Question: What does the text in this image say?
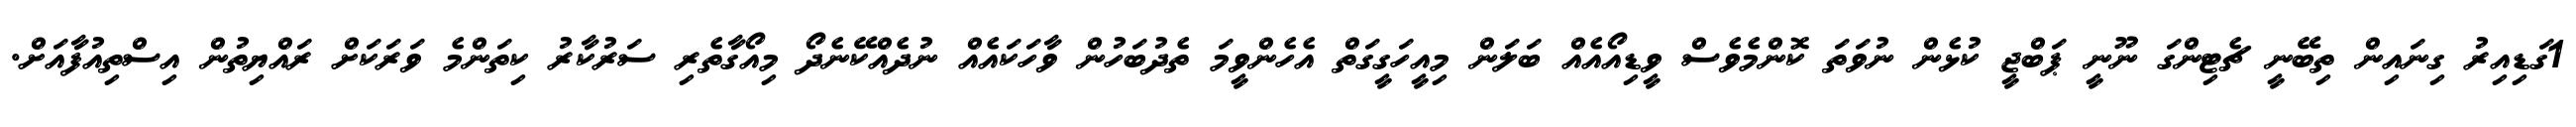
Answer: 1ގަޑިއިރު ގިނައިން ތިބޭނީ ޗެޓިންގަ ނޫނީ ޕަބްޖީ ކުޅެން ނުވަތަ ކޮންމެވެސް ވީޑިއޯއެއް ބަލަން މިއީހަގީގަތް އެހެންވީމަ ތެދުބަހުން ވާހަކައެއް ނުދެއްކޭނެދޯ މިއޯގާތެރި ސަރުކާރު ކިތަންމެ ވަރަކަށް ރައްޔިތުން އިސްތިއުފާއަށް.